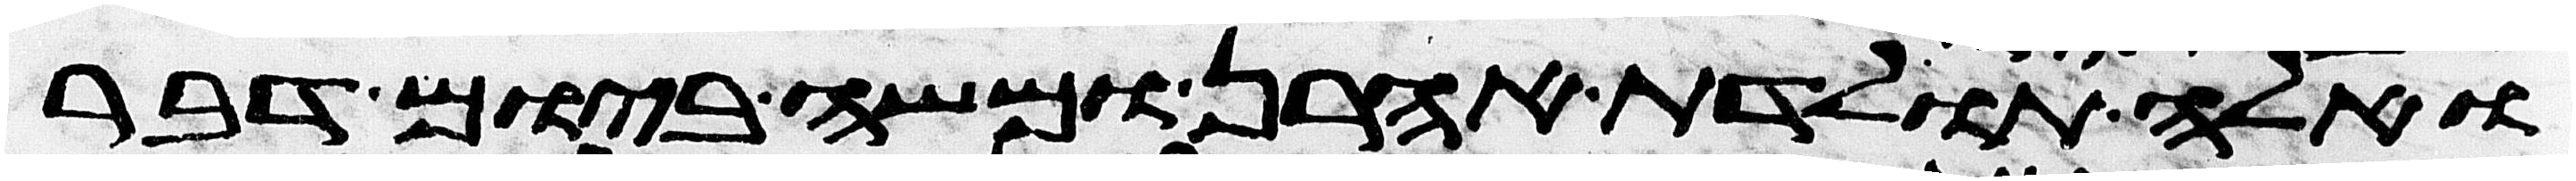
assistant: ואלה תולדת אהרן ומשה ביום דבר